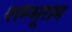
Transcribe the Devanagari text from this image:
शम्भूराम